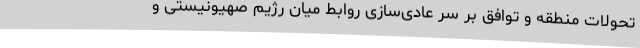
تحولات منطقه و توافق بر سر عادی‌سازی روابط میان رژیم صهیونیستی و